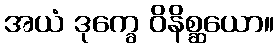
အယံ ဒုက္ခေ ဝိနိစ္ဆယော။